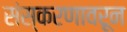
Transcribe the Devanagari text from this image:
संस्करणावरून